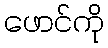
ဖောင်ကို